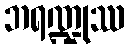
ဘရဏ္ဍုဿ